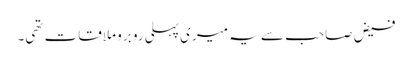
فیض صاحب سے یہ میری پہلی رو برو ملاقات تھی۔